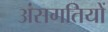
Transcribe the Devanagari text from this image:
अंसगतियों